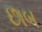
છાબ